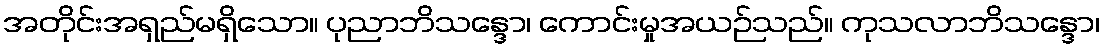
အတိုင်းအရှည်မရှိသော။ ပုညာဘိသန္ဒော၊ ကောင်းမှုအယဉ်သည်။ ကုသလာဘိသန္ဒော၊